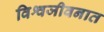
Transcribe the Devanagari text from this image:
विश्वजीवनात